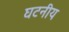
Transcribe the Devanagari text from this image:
घटनीय